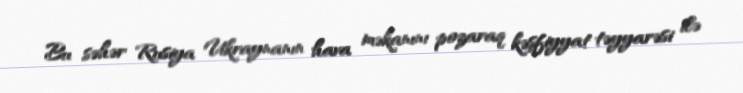
Bu səhər Rusiya Ukraynanın hava məkanını pozaraq kəşfiyyat təyyarəsi ilə